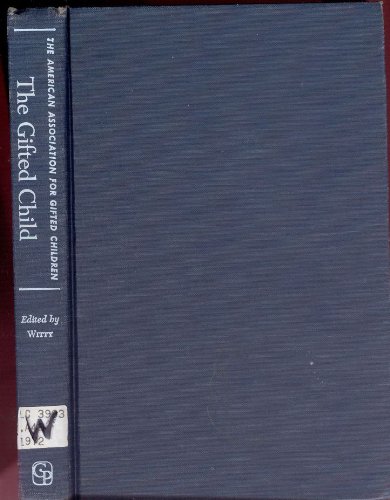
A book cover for The Gifted Child.; American Association for Gifted Children; Health, Fitness & Dieting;